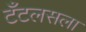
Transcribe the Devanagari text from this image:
टँटलसला